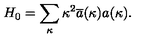
H _ { 0 } = \sum _ { \kappa } \kappa ^ { 2 } \overline { { a } } ( \kappa ) a ( \kappa ) .